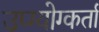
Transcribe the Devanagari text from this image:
उप्ग्योग्कर्ता